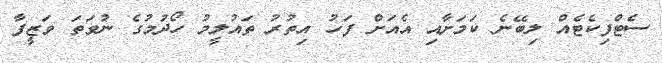
ސެޓްފިކެޓެއް ލިބޭނެ ކަމަށާއި އެއަށް ފަހު އިތުރު ތައުލީމު ހޯދުމުގެ ނުވަތަ ވަޒީފާ